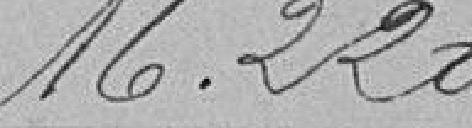
16.220